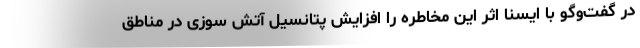
در گفت‌وگو با ایسنا اثر این مخاطره را افزایش پتانسیل آتش سوزی در مناطق